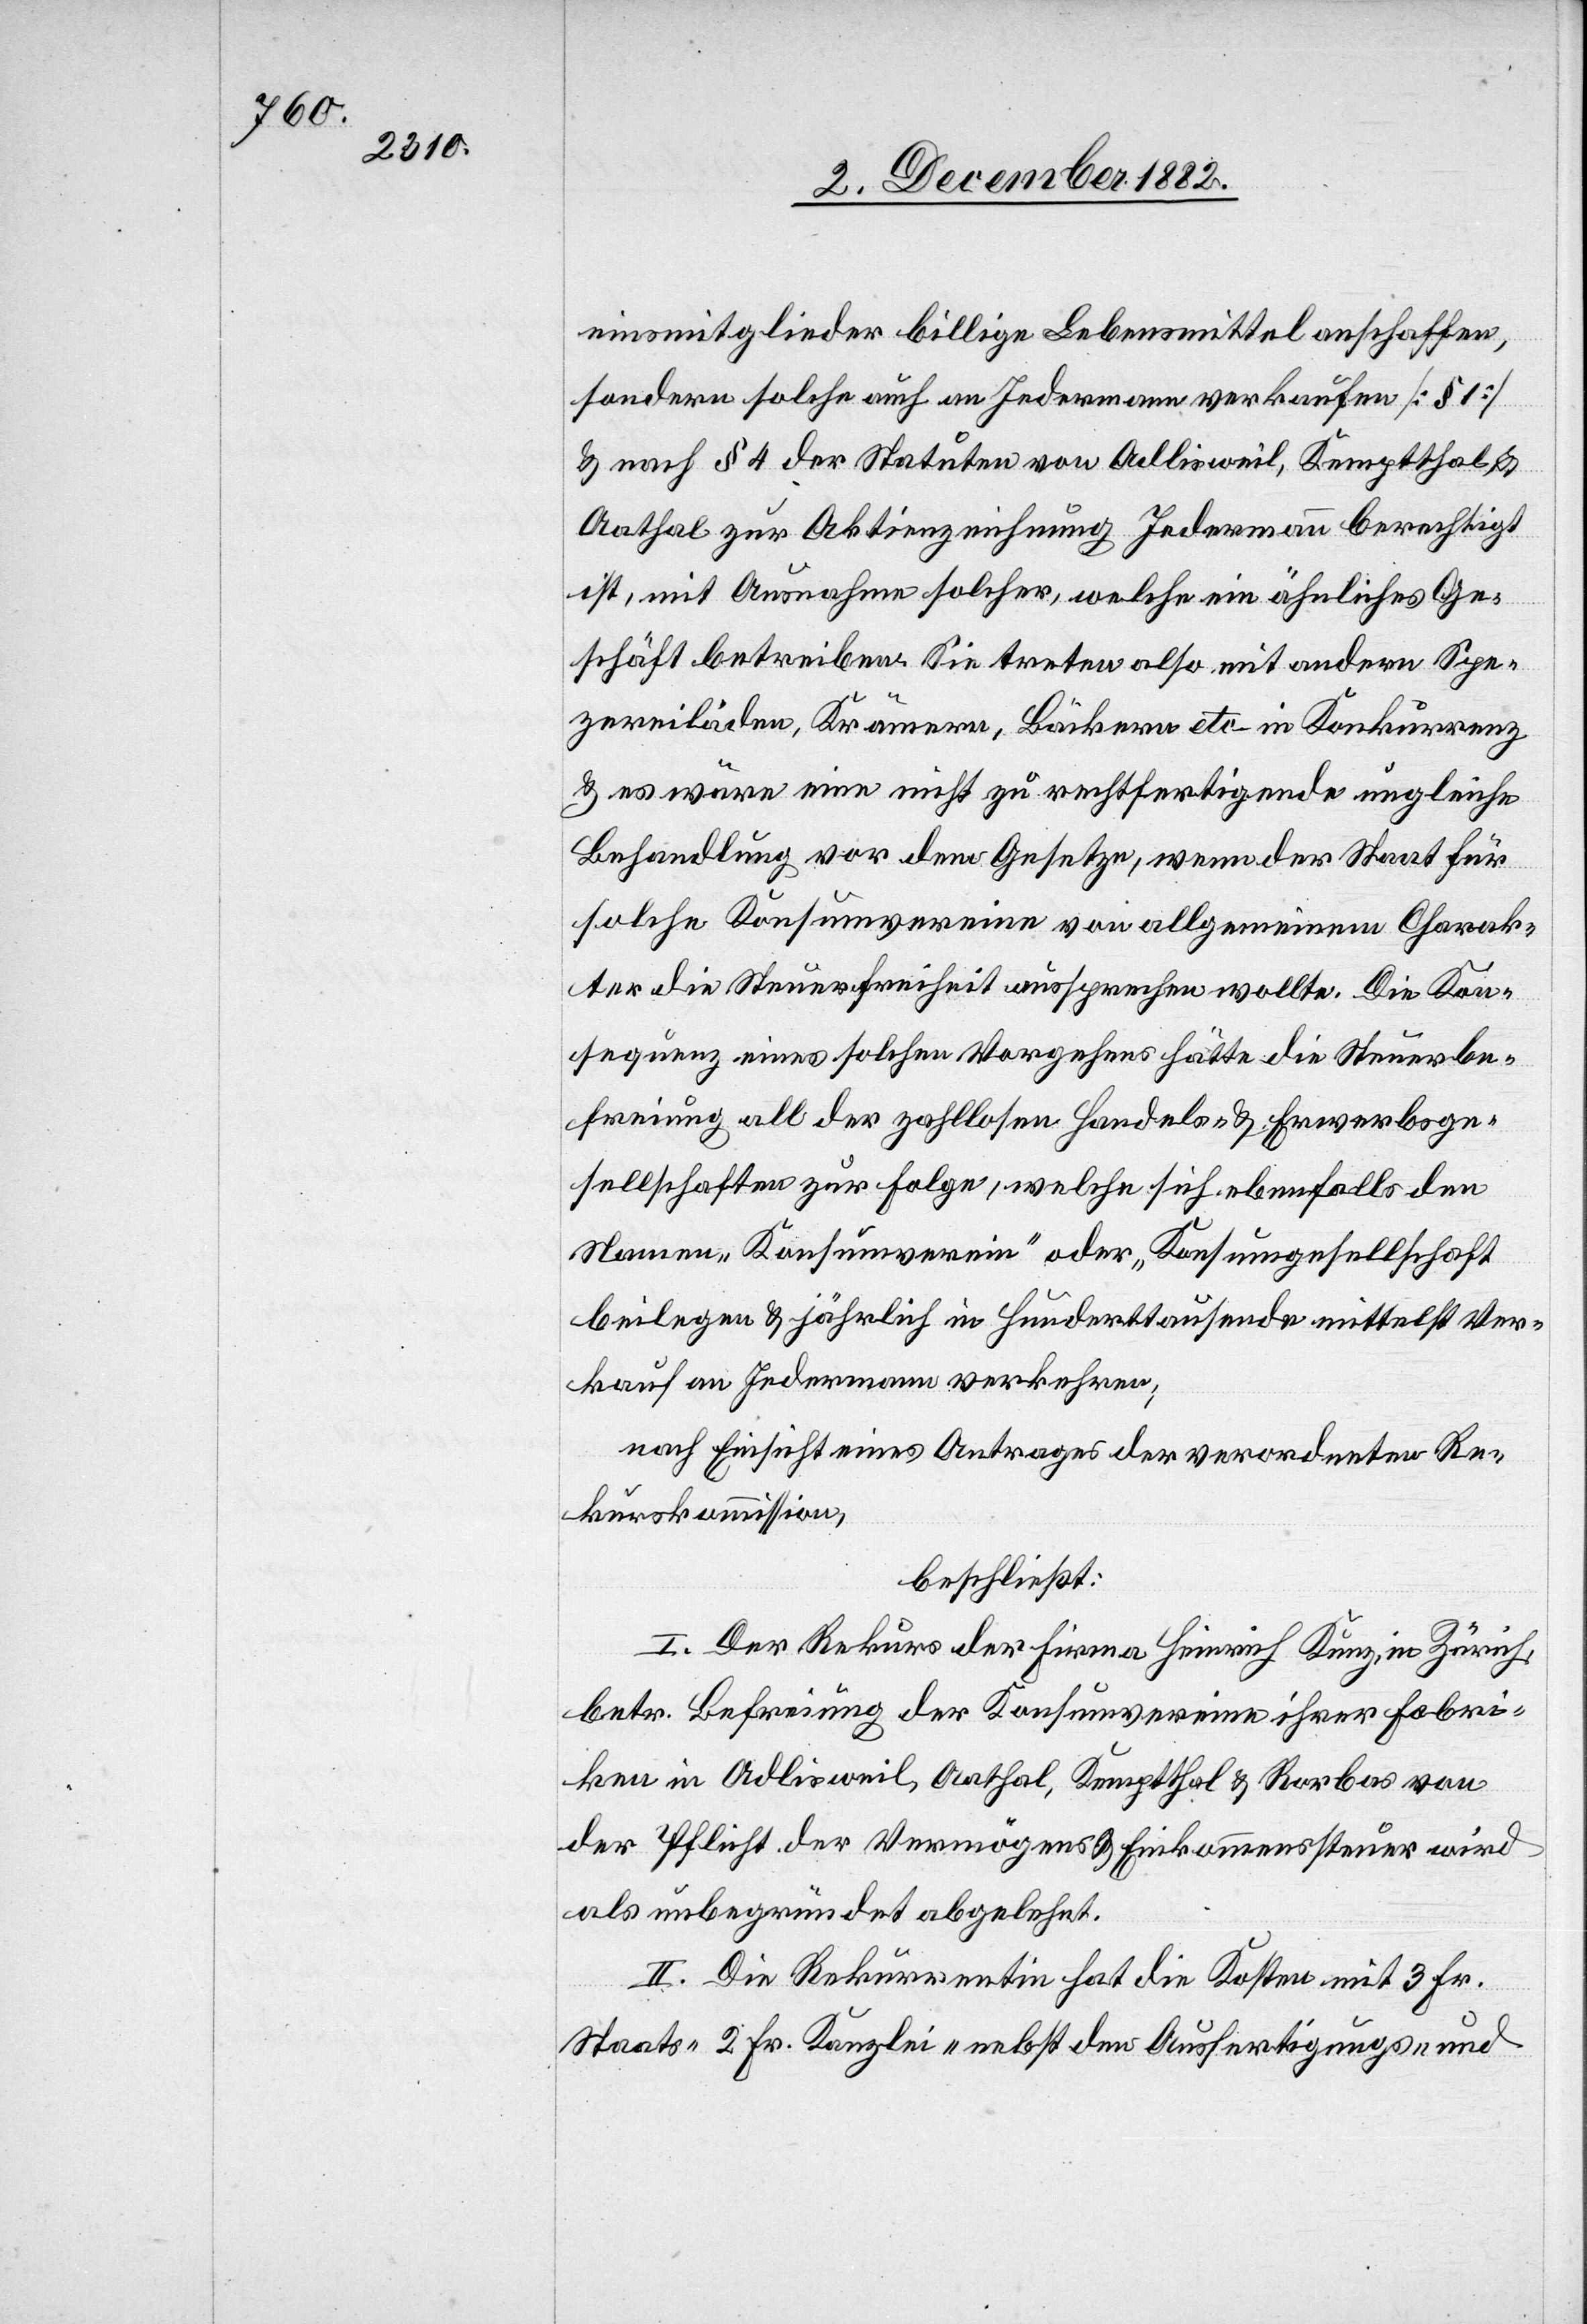
einsmitglieder billige Lebensmittel anschaffen,
sondern solche auch an Jedermann verkaufen [§ 1]
& nach § 4 der Statuten von Adlisweil, Kemptthal,
Aathal zur Aktienzeichnung Jedermann berechtigt
ist, mit Ausnahme solcher, welche ein ähnliches Ge¬
schäft betreiben. Sie treten also mit andern Spe¬
zereiläden, Krämern, Bäckern etc. in Konkurrenz
& es wäre eine nicht zu rechtfertigende ungleiche
Behandlung vor dem Gesetze, wenn der Staat für
solche Konsumvereine von allgemeinem Charak¬
ter die Steuerfreiheit aussprechen wollte. Die Kon¬
sequenz eines solchen Vorgehens hätte die Steuerbe¬
freiung all der zahllosen Handels- & Erwerbsge¬
Namen „Konsumverein“ oder „Konsumgesellschaft“
beilegen & jährlich in Hunderttausende mittelst Ver¬
kauf an Jedermann verkehren;
nach Einsicht eines Antrages der verordneten Re¬
kurskommission,
beschließt:
I. Der Rekurs der Firma Heinrich Kunz, in Zürich,
betr. Befreiung der Konsumvereine ihrer Fabri¬
ken in Adlisweil, Aathal, Kemptthal & Rorbas von
der Pflicht der Vermögens[-] & Einkommenssteuer wird
als unbegründet abgelehnt.
II. Die Rekurrentin hat die Kosten mit 3 Fr.
den
Staats-[,] 2 Fr. Kanzlei- nebst den Ausfertigungs- und